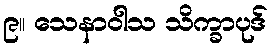
၉။ သေနာဝါသ သိက္ခာပုဒ်